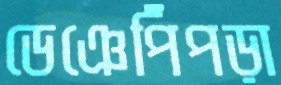
ডেঞেপিঁপড়া